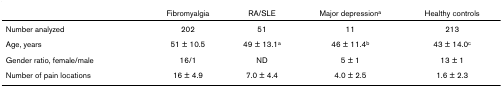
<table><thead><tr><td></td><td><b>Fibromyalgia</b></td><td><b>RA/SLE</b></td><td><b>Major depression<sup>a</sup></b></td><td><b>Healthy controls</b></td></tr></thead><tbody><tr><td>Number analyzed</td><td>202</td><td>51</td><td>11</td><td>213</td></tr><tr><td>Age, years</td><td>51 ± 10.5</td><td>49 ± 13.1<sup>a</sup></td><td>46 ± 11.4<sup>b</sup></td><td>43 ± 14.0<sup>c</sup></td></tr><tr><td>Gender ratio, female/male</td><td>16/1</td><td>ND</td><td>5 ± 1</td><td>13 ± 1</td></tr><tr><td>Number of pain locations</td><td>16 ± 4.9</td><td>7.0 ± 4.4</td><td>4.0 ± 2.5</td><td>1.6 ± 2.3</td></tr></tbody></table>